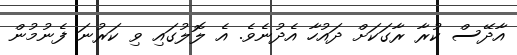
އާދޭސް ކުރާ ރާގަކަށް ދައުހާ އެދުނެވެ. އެ ލޮލުގައި ވި ކަރުނަ ފެނުމުން